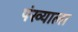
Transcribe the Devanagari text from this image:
पंख्याला